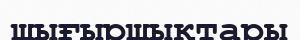
шығыршықтары